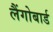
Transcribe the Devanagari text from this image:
लैंगोबार्ड